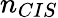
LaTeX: n_{CIS}